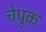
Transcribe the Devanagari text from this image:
चेपुक